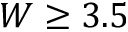
W \ge 3 . 5